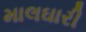
માલઘારી